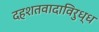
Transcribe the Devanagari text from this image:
दहशतवादाविरुध्ध